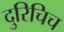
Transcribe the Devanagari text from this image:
दुरिचिच